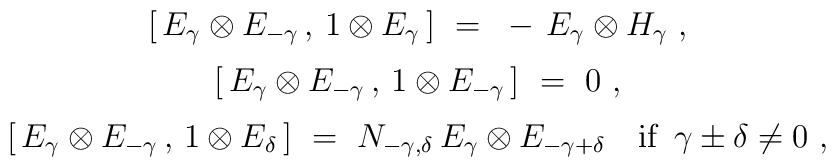
\begin{array}{c}  [ \, E_\gamma \otimes E_{-\gamma} \,,\, 1 \otimes E_\gamma \, ]~  =~- \, E_\gamma \otimes H_\gamma~, \\[2mm]  [ \, E_\gamma \otimes E_{-\gamma} \,,\, 1 \otimes E_{-\gamma} \, ]~=~0~,  \\[2mm]  [ \, E_\gamma \otimes E_{-\gamma} \,,\, 1 \otimes E_\delta \, ]~  =~N_{-\gamma,\delta} \, E_\gamma \otimes E_{-\gamma+\delta} \quad  \mbox{if $\, \gamma \pm \delta \neq 0$}~, \end{array}\vspace*{3mm}